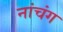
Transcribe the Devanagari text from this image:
नांचंग